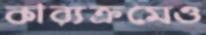
কার্যক্রমেও